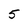
Character: 5